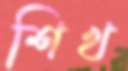
শিখ